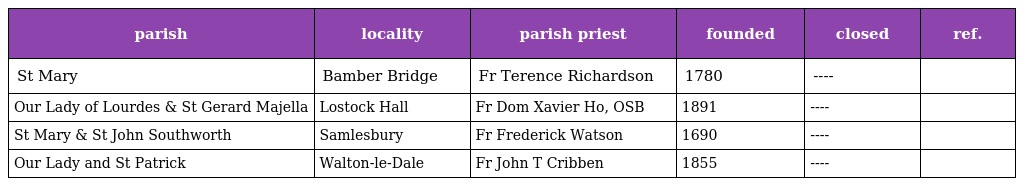
| parish | locality | parish priest | founded | closed | ref. |
 | --- | --- | --- | --- | --- | --- |
 | St Mary | Bamber Bridge | Fr Terence Richardson | 1780 | ---- |  |
 | Our Lady of Lourdes & St Gerard Majella | Lostock Hall | Fr Dom Xavier Ho, OSB | 1891 | ---- |  |
 | St Mary & St John Southworth | Samlesbury | Fr Frederick Watson | 1690 | ---- |  |
 | Our Lady and St Patrick | Walton-le-Dale | Fr John T Cribben | 1855 | ---- |  |